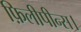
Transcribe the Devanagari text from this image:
फ़िलीपीन्स।